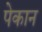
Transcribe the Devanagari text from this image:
पेकान